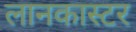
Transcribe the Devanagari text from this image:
लानकास्टर